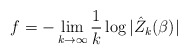
\begin{align*}f=-\lim_{k\rightarrow \infty} \frac{1}{k} \log |\hat{Z}_{k}(\beta)|\end{align*}